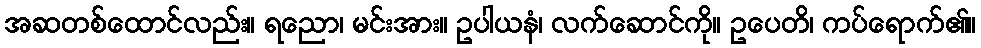
အဆတစ်ထောင်လည်း။ ရညော၊ မင်းအား။ ဥပါယနံ၊ လက်ဆောင်ကို။ ဥပေတိ၊ ကပ်ရောက်၏။